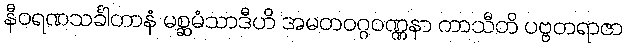
နီဝရဏသင်္ခါတာနံ မစ္ဆမံသာဒီဟိ အမတဝဂ္ဂဝဏ္ဏနာ ကာသီတိ ပဗ္ဗတရာဇာ